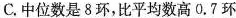
C.中位数是8环，比平均数高0.7环